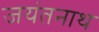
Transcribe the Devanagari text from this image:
जयंतनाथ